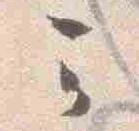
云